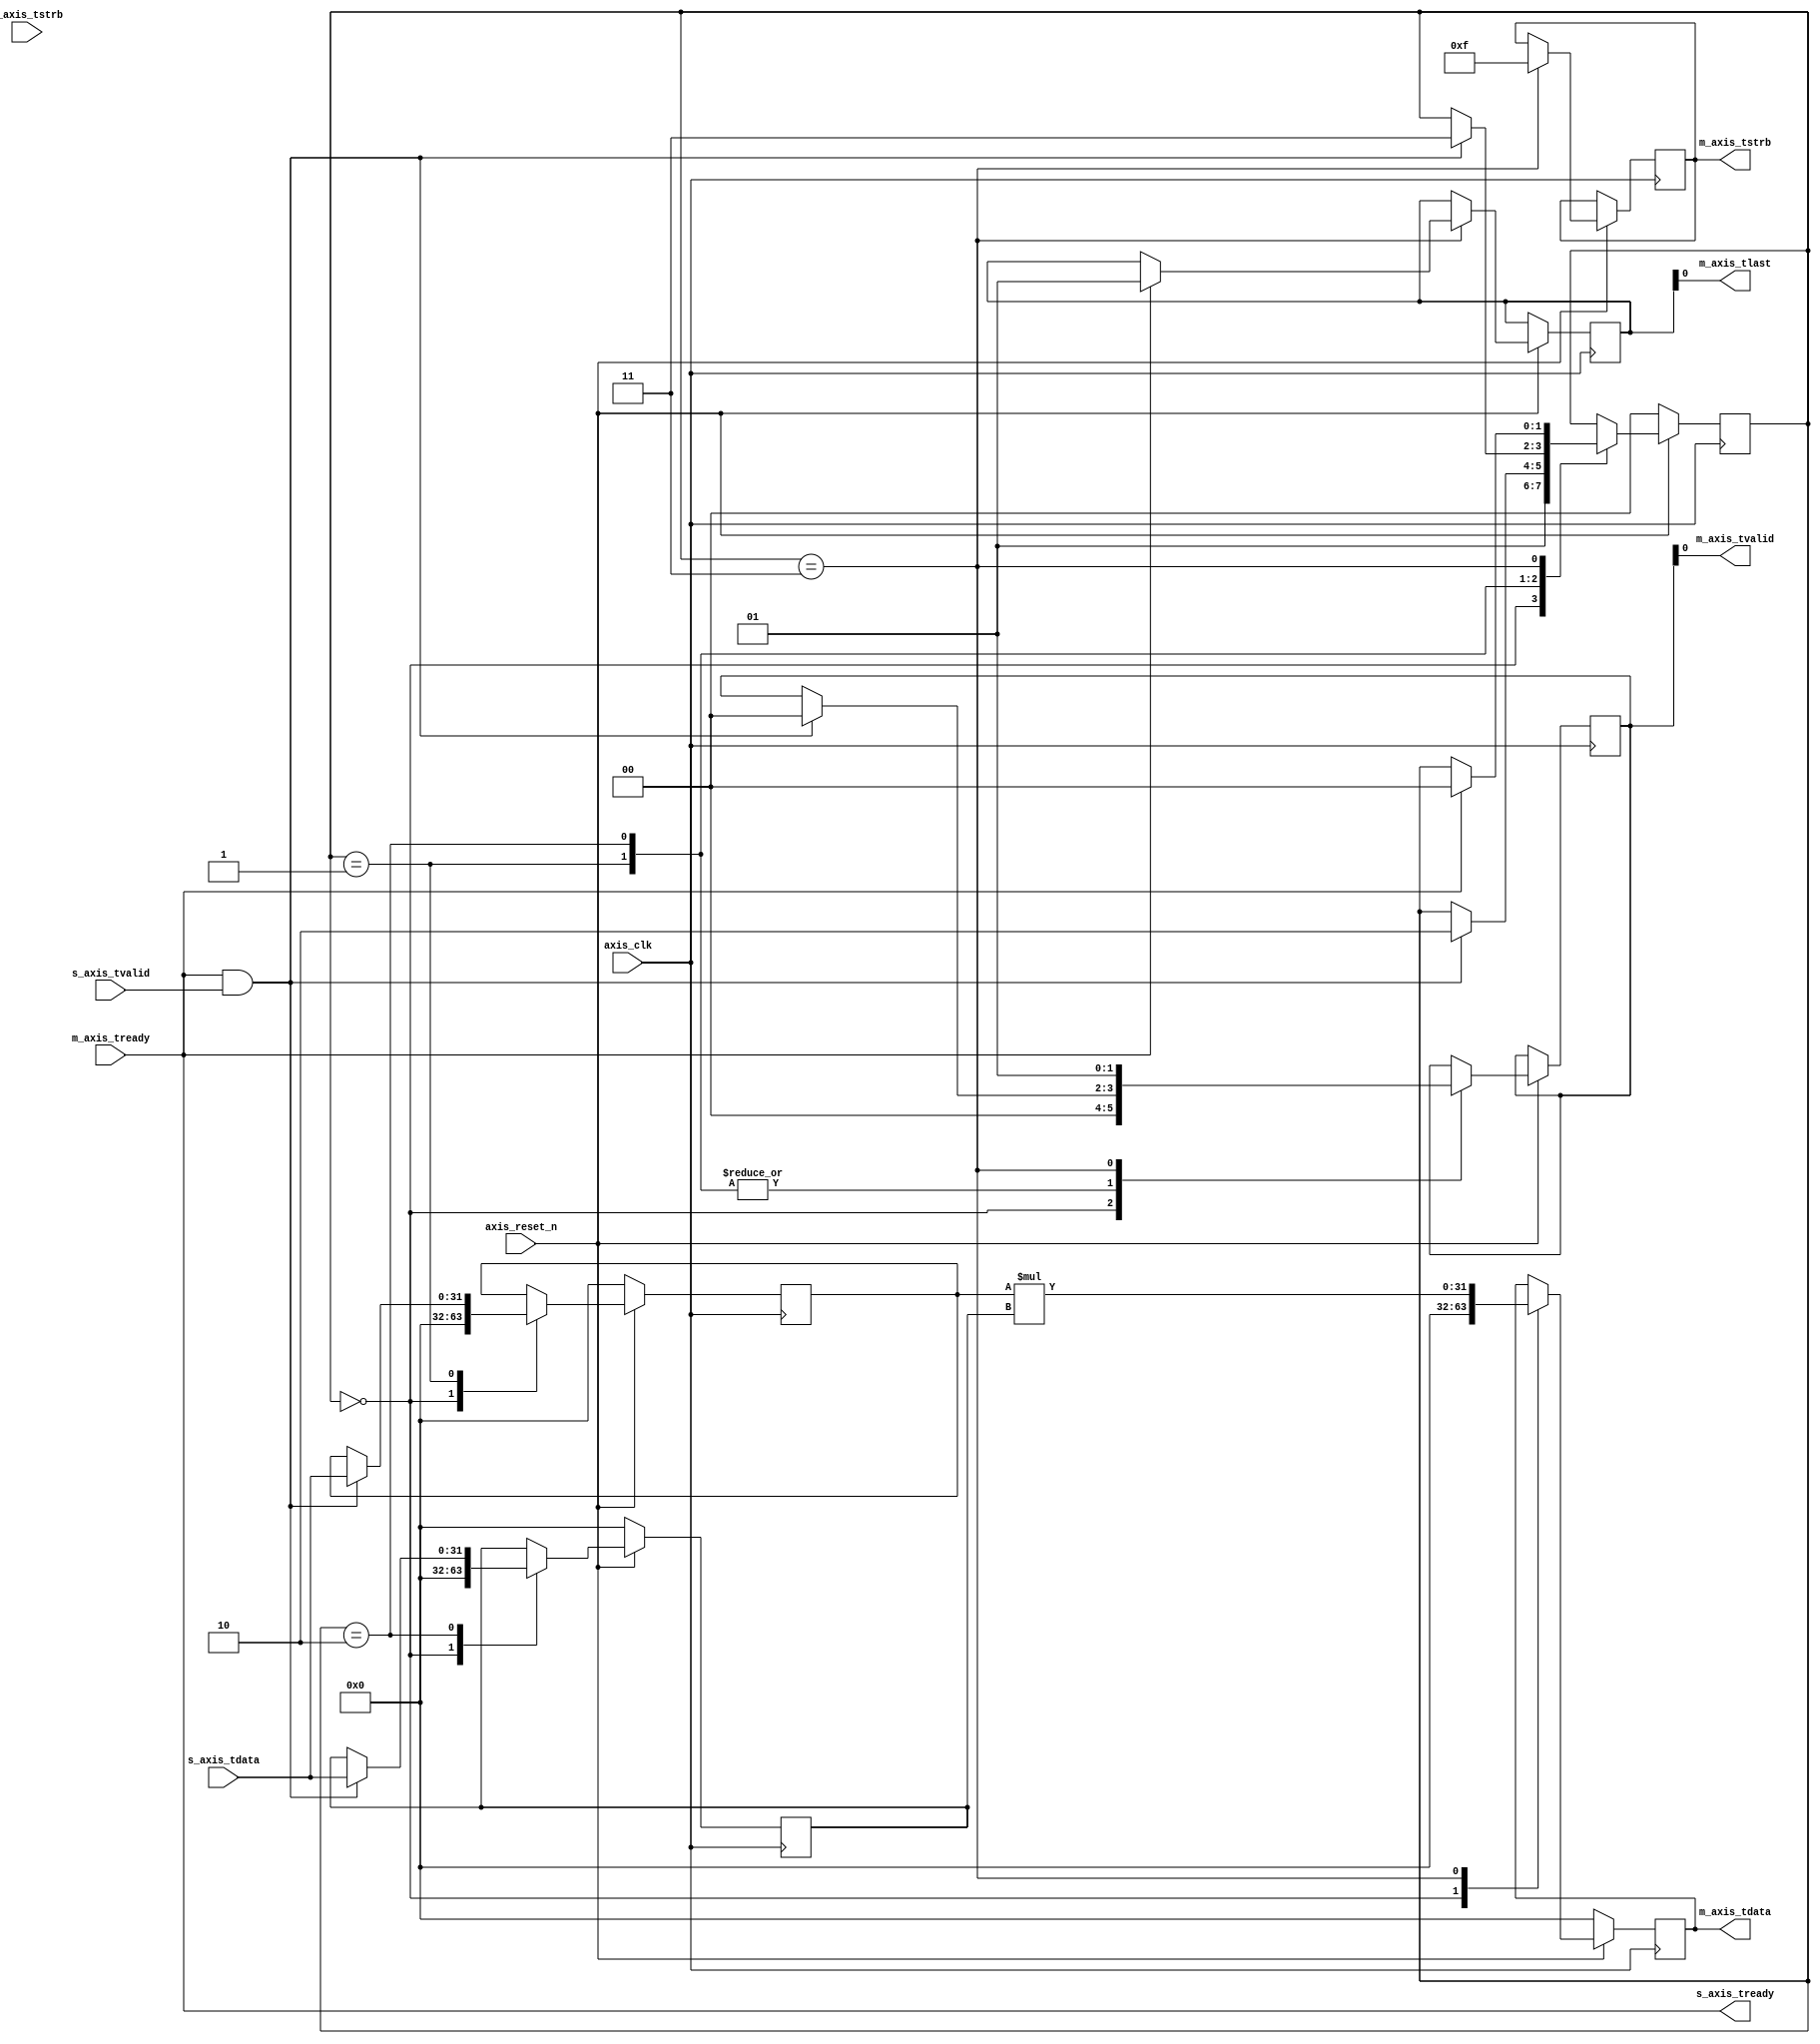
`timescale 1ns / 1ps


module arithmetic #(
        // Users to add parameters here

		// User parameters ends
		// Do not modify the parameters beyond this line


		// Parameters of Axi Slave Bus Interface S00_AXIS
		parameter integer C_S00_AXIS_TDATA_WIDTH	= 32,

		// Parameters of Axi Master Bus Interface M00_AXIS
		parameter integer C_M00_AXIS_TDATA_WIDTH	= 32,
		parameter integer C_M00_AXIS_START_COUNT	= 32
	)
	(
		// Users to add ports here

		// User ports ends
		// Do not modify the ports beyond this line
        input wire axis_clk,
        input wire axis_reset_n,

		// Ports of Axi Slave Bus Interface S00_AXIS
		output wire  s_axis_tready,
		input wire [C_S00_AXIS_TDATA_WIDTH-1 : 0] s_axis_tdata,
		input wire [(C_S00_AXIS_TDATA_WIDTH/8)-1 : 0] s_axis_tstrb,
		input wire  s_axis_tvalid,

		// Ports of Axi Master Bus Interface M00_AXIS
		output wire  m_axis_tvalid,
		output wire [C_M00_AXIS_TDATA_WIDTH-1 : 0] m_axis_tdata,
		output wire [(C_M00_AXIS_TDATA_WIDTH/8)-1 : 0] m_axis_tstrb,
		output wire m_axis_tlast,
		input wire  m_axis_tready
	);

    // AXI Slave Stream Module
    reg [31:0] input1_reg;
    reg [31:0] input2_reg;
    reg [31:0] result_reg;
    reg [1:0] state;
    reg [3:0] tempstrb;
    reg [1:0] m_axis_tvalid_reg;
    reg [1:0] m_axis_tlast_reg;

    localparam IDLE = 2'b00;
    localparam INPUT1 = 2'b01;
    localparam INPUT2 = 2'b10;
    localparam ADD = 2'b11;
    
    //localparam tready_param = 1'b1;   
    //assign m_axis_tready = tready_param;
    //assign s_axis_tready = tready_param;
    
    assign s_axis_tready = m_axis_tready;
    assign m_axis_tdata = result_reg;
    assign m_axis_tvalid = m_axis_tvalid_reg;
    assign m_axis_tstrb = tempstrb;
    assign m_axis_tlast = m_axis_tlast_reg;

    always @(posedge axis_clk) begin
        if (!axis_reset_n) begin
            state <= IDLE;
            input1_reg <= 0;
            input2_reg <= 0;
            result_reg <= 0;
        end 
        else begin
            case(state)
                IDLE: begin                    
                    input1_reg <= 0;
                    input2_reg <= 0;
                    result_reg <= 0;
                    state <= INPUT1;
                    m_axis_tvalid_reg <= 1'b0;                  
                end
               INPUT1: begin
                    if (s_axis_tready && s_axis_tvalid) begin
                        input1_reg <= s_axis_tdata;
                        state <= INPUT2;
                        m_axis_tvalid_reg <= 1'b0;
                    end
              end
                INPUT2: begin
                    if (s_axis_tready && s_axis_tvalid) begin
                        input2_reg <= s_axis_tdata;
                        state <= ADD;
                        m_axis_tvalid_reg <= 1'b0;
                    end                   
                end
                ADD: begin
                        result_reg <= input1_reg * input2_reg;
                        tempstrb <= 4'b1111;
                        m_axis_tvalid_reg <= 1'b1;
                     if (m_axis_tready) begin
                        state <= IDLE;
                        m_axis_tlast_reg <= 1'b1;
                    end
                end
            endcase
        end
    end

    endmodule